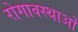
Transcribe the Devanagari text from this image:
रोगावस्थाओं